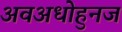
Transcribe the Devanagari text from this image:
अवअधोहुनज